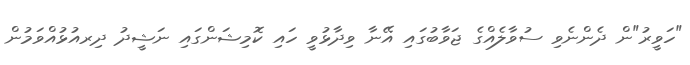
"ހަވީރު"ން ދެންނެވި ސުވާލެއްގެ ޖަވާބުގައި އޭނާ ވިދާޅުވީ ހައި ކޮމިޝަންގައި ނަޝީދު ދިރއުޅުއްވަމުން